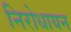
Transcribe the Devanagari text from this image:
निरोधायन